画像に写った文字を読んでください
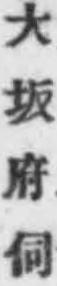
「大坂府伺」と書いてあります